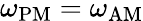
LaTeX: \omega_{\mathrm{PM}}=\omega_{\mathrm{AM}}